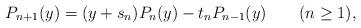
LaTeX: \begin{align*}P_{n+1}(y)=(y+s_{n})P_{n}(y)-t_{n}P_{n-1}(y)\qquad(n\geq1),\end{align*}